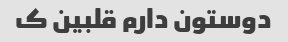
دوستون دارم قلبین ک